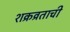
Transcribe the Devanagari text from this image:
शक्रव्रताची